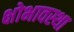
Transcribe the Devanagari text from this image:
क्षोभावस्था